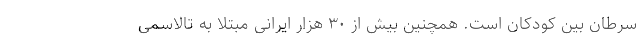
سرطان بین كودكان است. همچنین بیش از ۳۰ هزار ایرانی مبتلا به تالاسمی